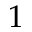
1